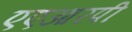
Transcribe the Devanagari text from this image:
एएआरपी